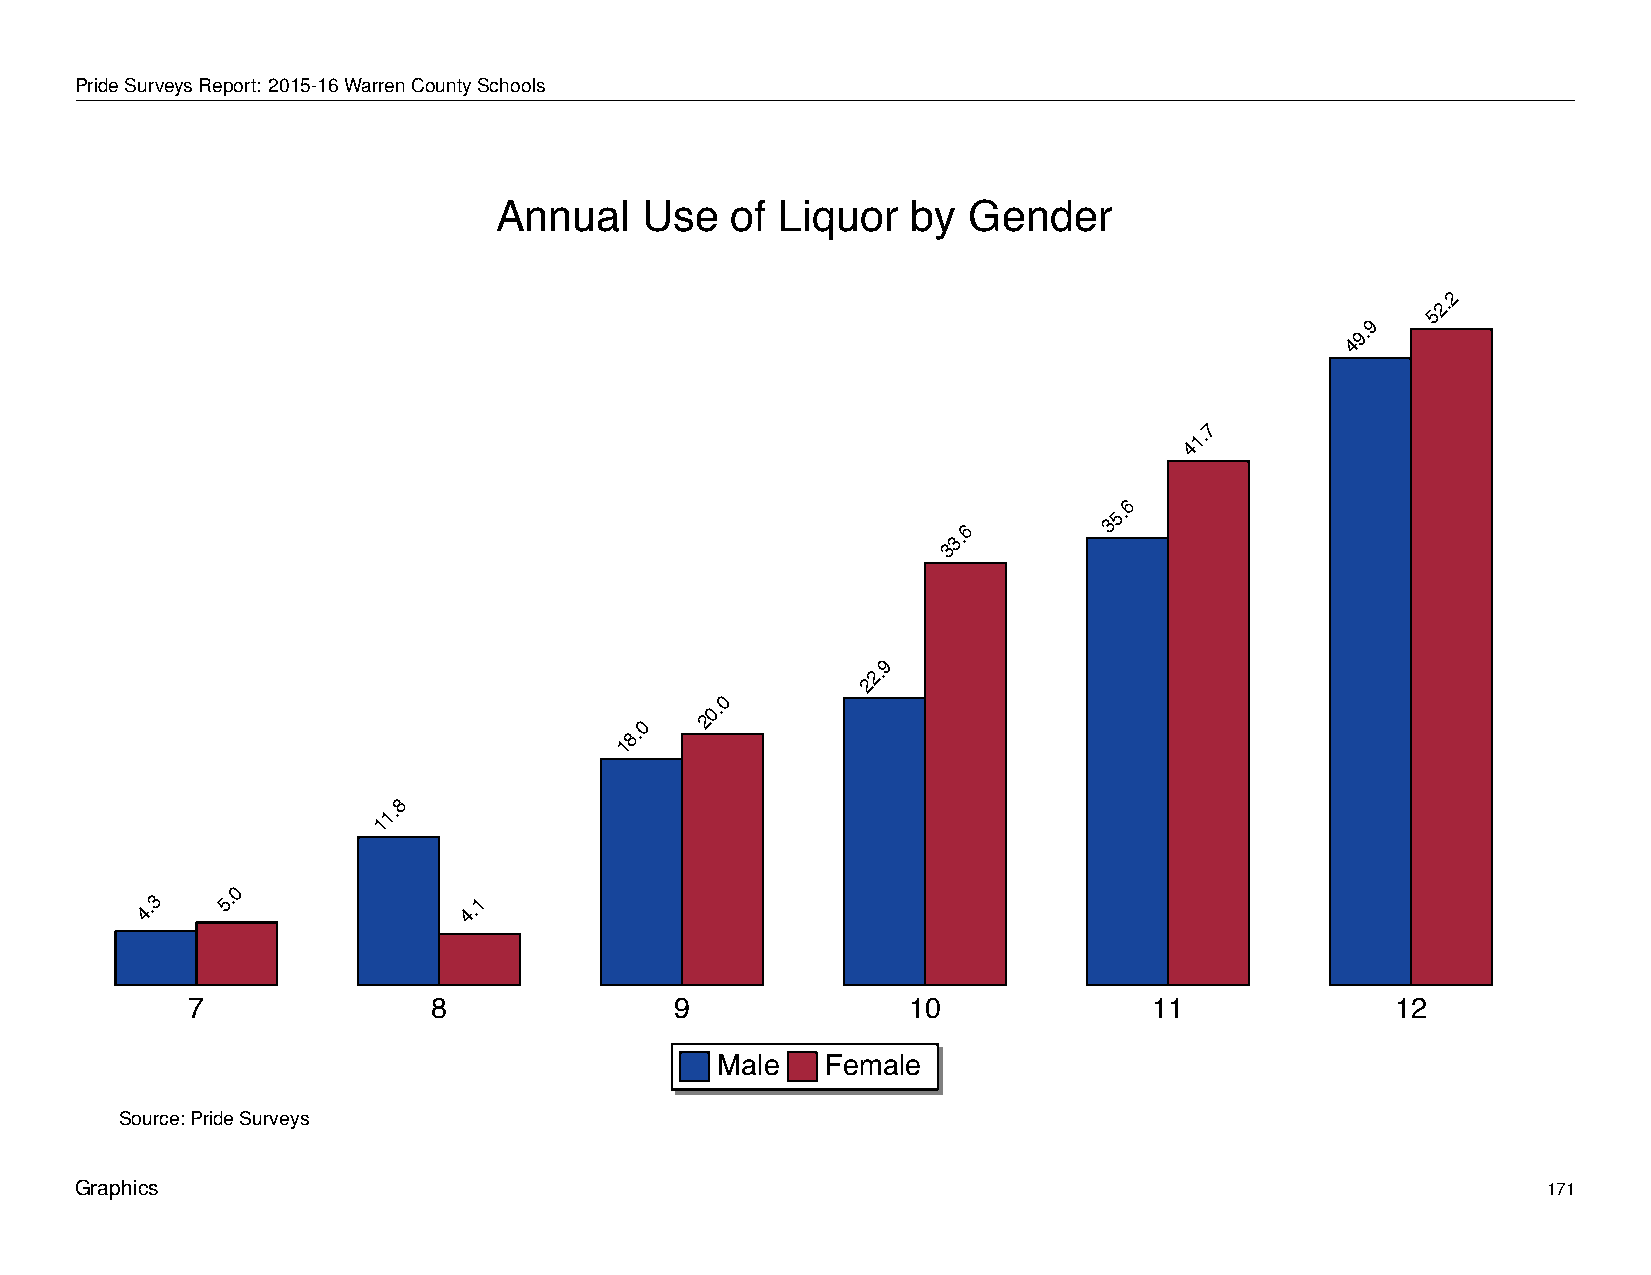
Annual          Use      of   Liquor         by    Gender
 PrideSurveysReport: 2015-16WarrenCountySchools
 Annual    Use  of  Liquor  by  Gender
 2
 2.
 5
 9
 9.
 4
 7
 1.
 4
 6
 5.
 3
 6
 3.
 3
 9
 2.
 2
 0
 0.
 2
 0
 8.
 1
 8
 1.
 1
 0
 4.3   5.              4.1
 7                8               9              10              11              12
 Male    Female
 Source: Pride Surveys
 Graphics                                                                                         171